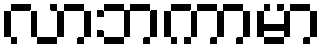
လာဘကာမာ